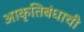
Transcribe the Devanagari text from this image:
आकृतिबंधाची